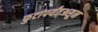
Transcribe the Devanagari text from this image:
फुटांपर्यंतअसून